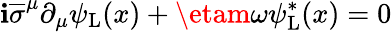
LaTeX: \mathbf{i}{\overline{{{\sigma}}}}^{\mu}\partial_{\mu}\psi_{\mathrm{{{L}}}}(x)+\etam\omega\psi_{\mathrm{{{L}}}}^{*}(x)=0